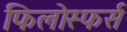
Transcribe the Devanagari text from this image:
फिलोस्फर्स